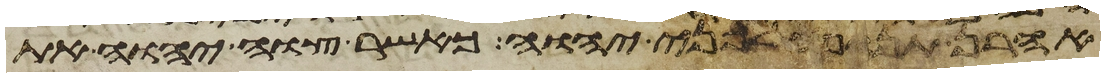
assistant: אהרן תנופה לפני יהוה כאשר צוה יהוה את